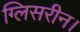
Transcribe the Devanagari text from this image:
ग्लिसरीन।